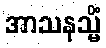
အာသနသ္မိံ